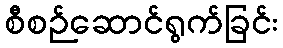
စီစဉ်ဆောင်ရွက်ခြင်း